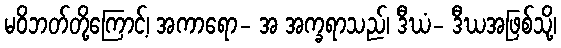
မဝိဘတ်တို့ကြောင့်၊ အကာရော- အ အက္ခရာသည်၊ ဒီဃံ- ဒီဃအဖြစ်သို့၊